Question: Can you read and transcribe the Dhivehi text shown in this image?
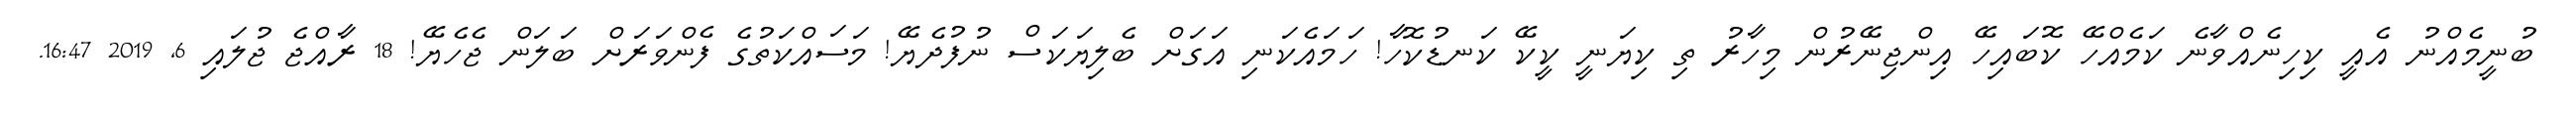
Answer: ބުނީމެއްނު އެއީ ކިހިނެއްވާނެ ކަމެއްހޭ ކޮބައިހޭ އިންޖިނޭރުން މިހާރު ތި ކިޔަނީ ކީކޭ ކަނޑުކޮހާ! ހަމައެކަނި އަގަށް ބެލިޔަކަސް ނުފުދެޔޭ! މަސައްކަތުގެ ފެންވަރަށް ބަލަން ޖެހެޔޭ! 18 ރާއްޖެ ޖުލައި 6, 2019 16:47.